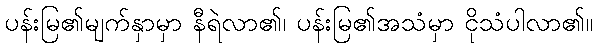
ပန်းမြ၏မျက်နှာမှာ နီရဲလာ၏၊ ပန်းမြ၏အသံမှာ ငိုသံပါလာ၏။